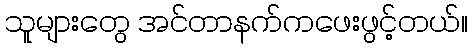
သူများတွေ အင်တာနက်ကဖေးဖွင့်တယ်။